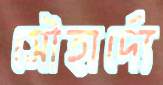
সৌহার্দ্যে